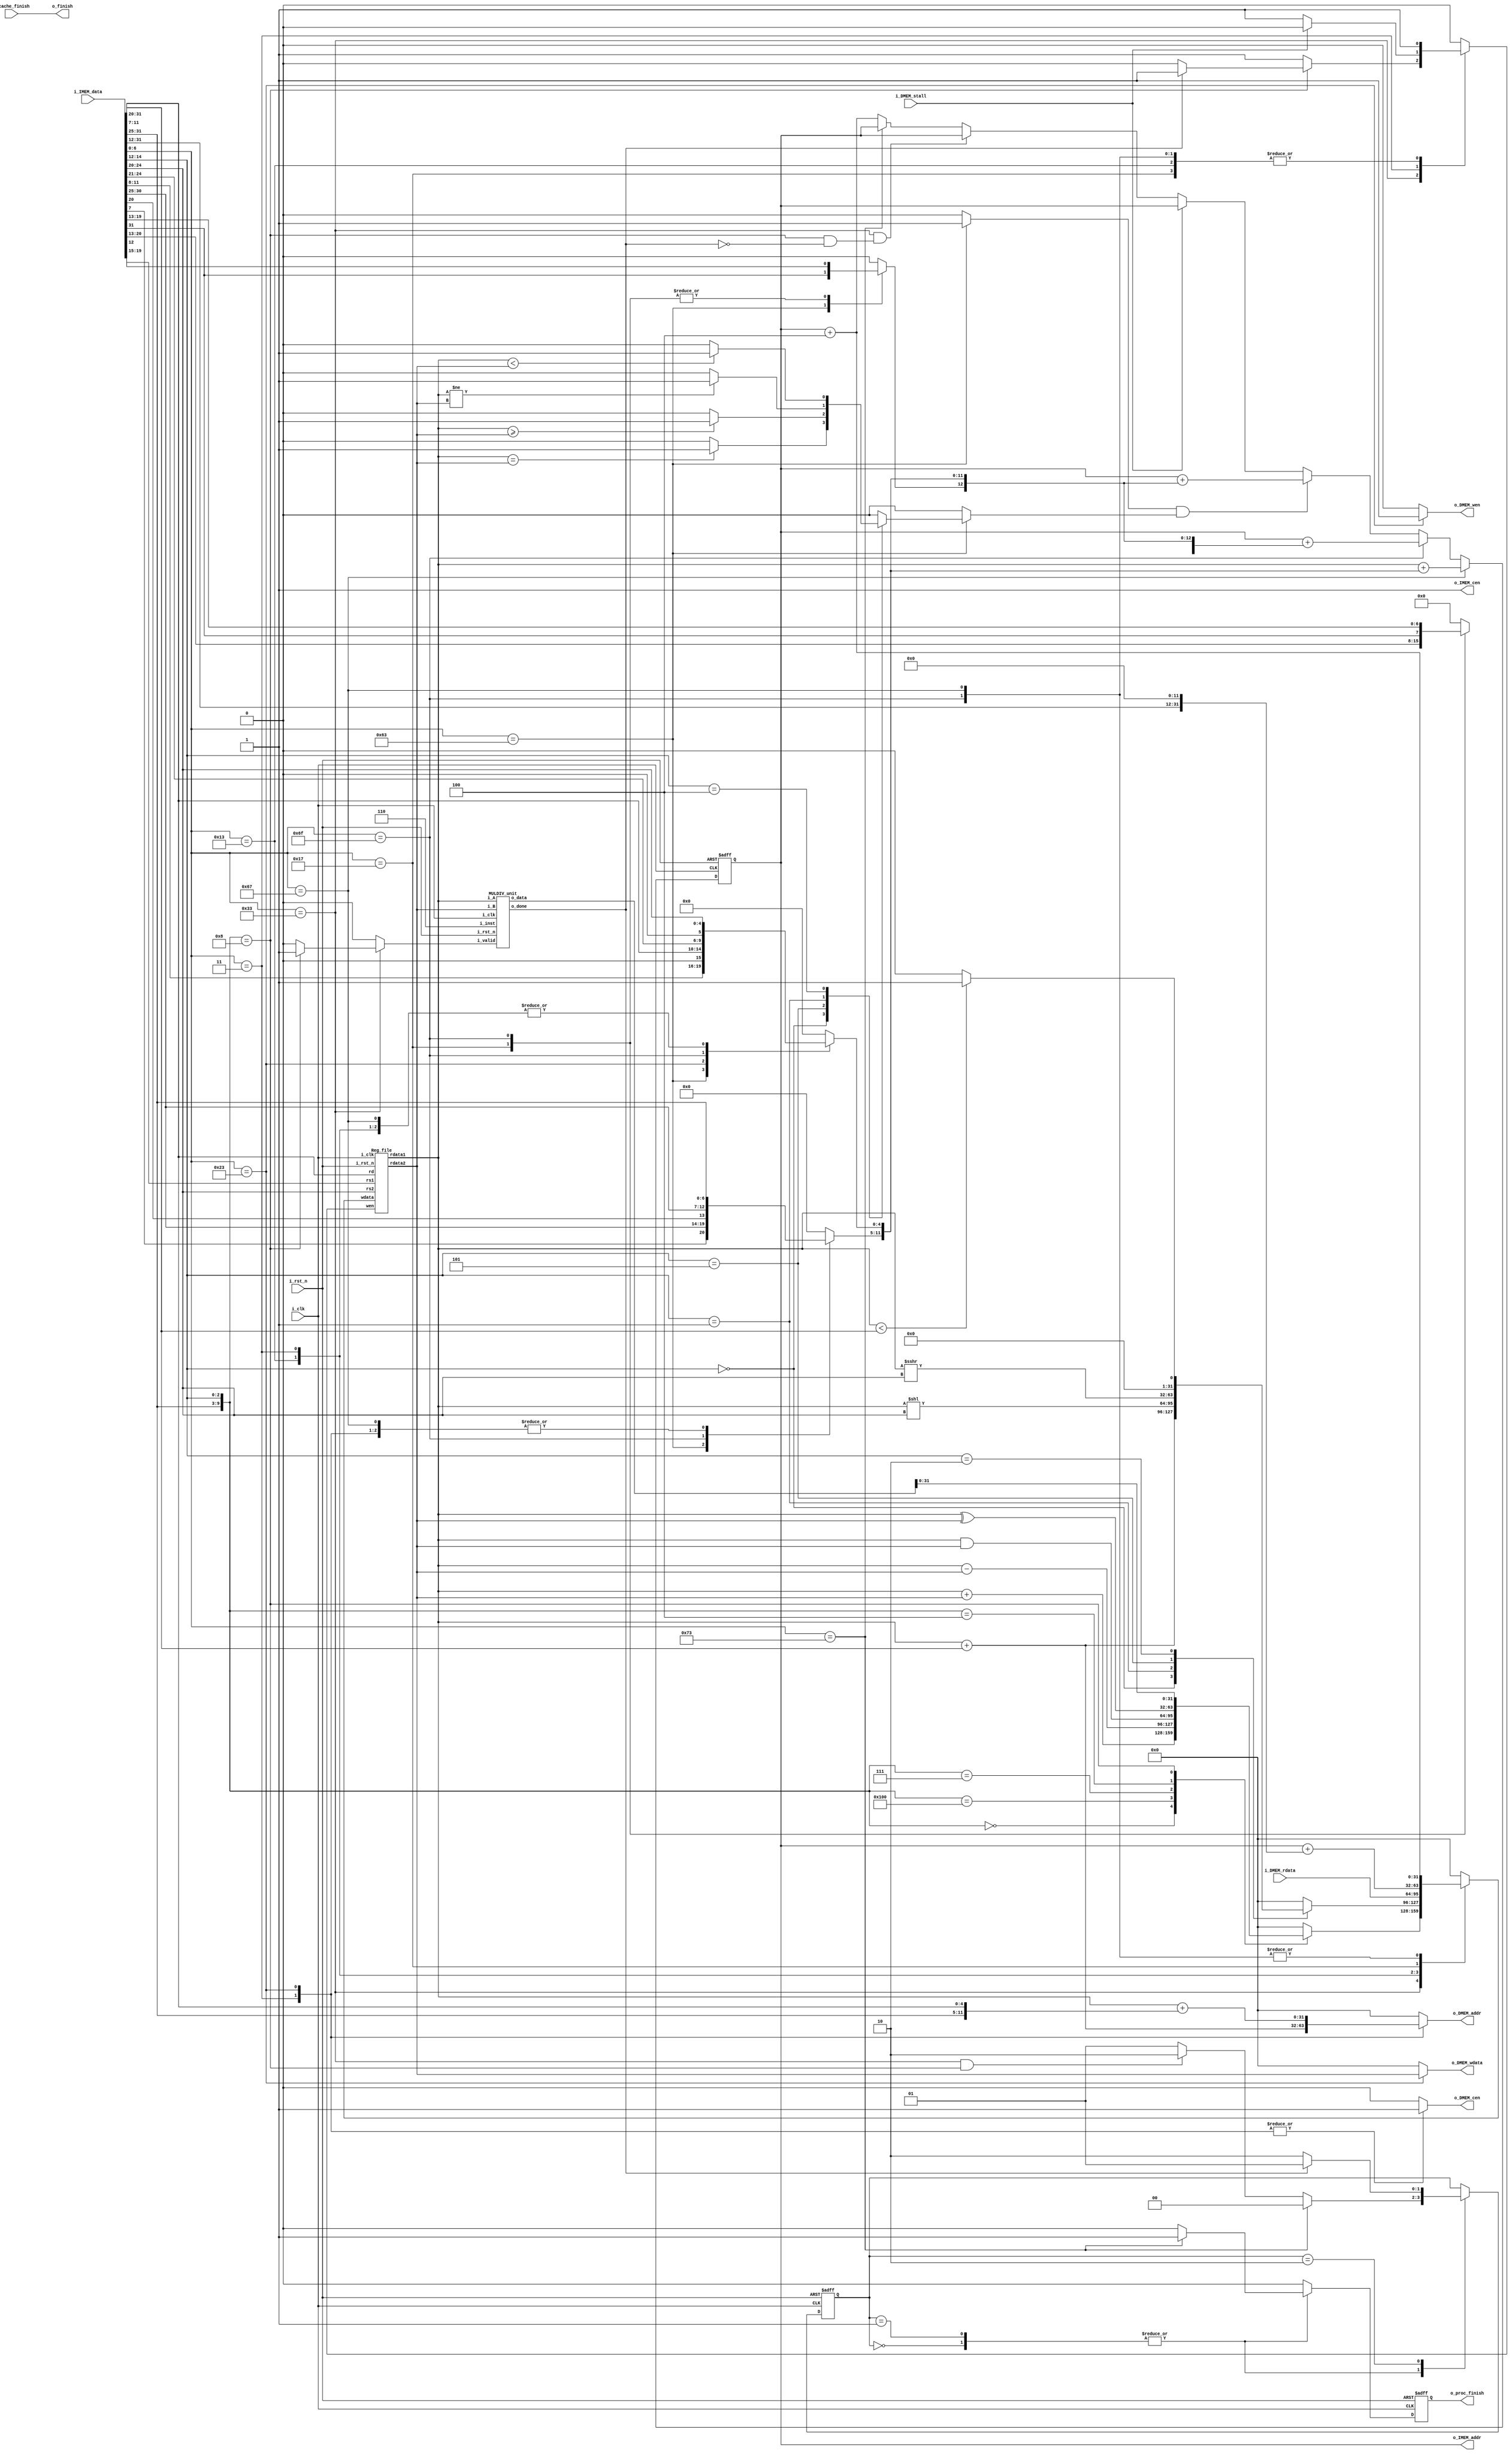
//----------------------------- DO NOT MODIFY THE I/O INTERFACE!! ------------------------------//
module CHIP #(                                                                                  //
    parameter BIT_W = 32                                                                        //
)(                                                                                              //
    // clock                                                                                    //
        input               i_clk,                                                              //
        input               i_rst_n,                                                            //
    // instruction memory                                                                       //
        input  [BIT_W-1:0]  i_IMEM_data,                                                        //
        output [BIT_W-1:0]  o_IMEM_addr,                                                        //
        output              o_IMEM_cen,                                                         //
    // data memory                                                                              //
        input               i_DMEM_stall,                                                       //
        input  [BIT_W-1:0]  i_DMEM_rdata,                                                       //
        output              o_DMEM_cen,                                                         //
        output              o_DMEM_wen,                                                         //
        output [BIT_W-1:0]  o_DMEM_addr,                                                        //
        output [BIT_W-1:0]  o_DMEM_wdata,                                                       //
    // finnish procedure                                                                        //
        output              o_finish,                                                           //
    // cache                                                                                    //
        input               i_cache_finish,                                                     //
        output              o_proc_finish                                                       //
);                                                                                              //
//----------------------------- DO NOT MODIFY THE I/O INTERFACE!! ------------------------------//

// ------------------------------------------------------------------------------------------------------------------------------------------------------
// Parameters
// ------------------------------------------------------------------------------------------------------------------------------------------------------
    // TODO: any declaration
    //====== op code ======
    // R-type
    localparam ADD   = 7'b0110011;
    localparam SUB   = 7'b0110011;
    localparam AND   = 7'b0110011;
    localparam XOR   = 7'b0110011;
    localparam MUL   = 7'b0110011;
    // I-type
    localparam ADDI  = 7'b0010011;
    localparam SLLI  = 7'b0010011;
    localparam SRAI  = 7'b0010011;
    localparam SLTI  = 7'b0010011;
    localparam LW    = 7'b0000011;
    // B-type
    localparam BEQ   = 7'b1100011;
    localparam BGE   = 7'b1100011;
    localparam BLT   = 7'b1100011;
    localparam BNE   = 7'b1100011;
    // S-type
    localparam SW    = 7'b0100011;
    // J-type
    localparam JAL   = 7'b1101111;
    localparam JALR  = 7'b1100111;
    // U-type
    localparam AUIPC = 7'b0010111;
    // ecall
    localparam ECALL = 7'b1110011 ;
    //====== funct3 ======
    localparam ADD_FUNC3  = 3'b000;
    localparam SUB_FUNC3  = 3'b000;
    localparam AND_FUNC3  = 3'b111;
    localparam XOR_FUNC3  = 3'b100;
    localparam ADDI_FUNC3 = 3'b000;
    localparam SLLI_FUNC3 = 3'b001;
    localparam SRAI_FUNC3 = 3'b101;
    localparam SLTI_FUNC3 = 3'b010;
    localparam MUL_FUNC3  = 3'b000;
    localparam BEQ_FUNC3  = 3'b000;
    localparam BGE_FUNC3  = 3'b101;
    localparam BLT_FUNC3  = 3'b100;
    localparam BNE_FUNC3  = 3'b001;
    //====== funct7 ======
    localparam ADD_FUNC7 = 7'b0000000;
    localparam SUB_FUNC7 = 7'b0100000;
    localparam AND_FUNC7 = 7'b0000000;
    localparam XOR_FUNC7 = 7'b0000000;
    localparam MUL_FUNC7 = 7'b0000001;

    // FSM state
    localparam S_IDLE        = 0;
    localparam S_EXEC        = 1;
    localparam S_EXEC_MULDIV = 2;

    // RegWrite Src
    localparam ADD_W    = 0;
    localparam SUB_W    = 1;
    localparam AND_W    = 2;
    localparam XOR_W    = 3;
    localparam MUL_W    = 4;
    localparam ADDI_W   = 5;
    localparam SLLI_W   = 6;
    localparam SRAI_W   = 7;
    localparam SLTI_W   = 8;
    localparam LW_W     = 9;
    localparam AUIPC_W  = 10;
    localparam JAL_W    = 11;
    localparam JALR_W   = 12;


// ------------------------------------------------------------------------------------------------------------------------------------------------------
// Wires and Registers
// ------------------------------------------------------------------------------------------------------------------------------------------------------
    
    // TODO: any declaration
    reg [BIT_W-1:0]     PC, PC_nxt;
    reg                 mem_cen, mem_wen;
    // reg                 mem_hold; 
    reg [BIT_W-1:0]     mem_addr, mem_wdata, mem_rdata;
    wire                mem_stall;
    reg                 regWrite   ;  
    wire  [ 4:0]        rs1, rs2, rd;              
    wire [BIT_W-1:0]    rs1_data    ;              
    wire [BIT_W-1:0]    rs2_data    ;             
    reg  [BIT_W-1:0]    rd_data     ; 
    wire  [6:0 ]        op_code_w;
    wire  [BIT_W-1:0]   inst_w;
    reg  [1:0 ]         state_w, state_r;
    wire  [2:0 ]        funct3_w;
    wire  [6:0 ]        funct7_w;
    reg  [BIT_W-1:0]    imm_w;
    
    reg                 mulDiv_valid;
    wire                mulDiv_done;
    wire  [2:0]         mulDiv_inst;
    wire  [BIT_W-1:0]   mulDiv_in_A, mulDiv_in_B;
    wire [2*BIT_W-1:0]  mulDiv_out;  

    reg                 finish, finish_nxt;  
    reg                 branch_control, condition;  
    wire                jump;      

// ------------------------------------------------------------------------------------------------------------------------------------------------------
// Continuous Assignment
// ------------------------------------------------------------------------------------------------------------------------------------------------------

    // TODO: any wire assignment
    assign o_finish         = i_cache_finish;
    assign o_proc_finish    = finish;
    // assign o_finish = finish;
    assign o_IMEM_cen       = 1;
    assign o_IMEM_addr      = PC;
    assign o_DMEM_addr      = mem_addr;
    assign o_DMEM_wdata     = mem_wdata;
    assign o_DMEM_wen       = mem_wen;
    assign o_DMEM_cen       = mem_cen;

    // ----------------------- Decoding --------------------------
    assign inst_w           = i_IMEM_data;
    assign op_code_w        = inst_w[6:0];
    assign funct3_w         = inst_w[14:12];
    assign funct7_w         = inst_w[31:25];
    assign rs1              = inst_w[19:15];
    assign rs2              = inst_w[24:20];
    assign rd               = inst_w[11:7];
    assign jump             = (branch_control & condition);
    // ----------------------- MulDiv input --------------------------
    assign mulDiv_in_A      = rs1_data;
    assign mulDiv_in_B      = rs2_data;
    assign mulDiv_inst      = 3'd6;
    // ----------------------- Memory install --------------------------
    assign mem_stall        = i_DMEM_stall;
// ------------------------------------------------------------------------------------------------------------------------------------------------------
// Submoddules
// ------------------------------------------------------------------------------------------------------------------------------------------------------

    // TODO: Reg_file wire connection
    Reg_file reg0(               
        .i_clk  (i_clk),             
        .i_rst_n(i_rst_n),         
        .wen    (regWrite),          
        .rs1    (rs1),                
        .rs2    (rs2),                
        .rd     (rd),                 
        .wdata  (rd_data),             
        .rdata1 (rs1_data),           
        .rdata2 (rs2_data)
    );

    MULDIV_unit mulDiv0(
        .i_clk(i_clk), 
        .i_rst_n(i_rst_n), 
        .i_valid(mulDiv_valid), 
        .i_inst(mulDiv_inst), 
        .i_A(mulDiv_in_A), 
        .i_B(mulDiv_in_B), 
        .o_data(mulDiv_out), 
        .o_done(mulDiv_done)
    );

// ------------------------------------------------------------------------------------------------------------------------------------------------------
// Always Blocksrd_data 
// ------------------------------------------------------------------------------------------------------------------------------------------------------
    // Todo: any combinational/sequential circuit
    // Decode Instruction
    always @(*) begin
        rd_data = 0;
        imm_w = 0;
        mem_addr = 0;
        mem_wdata = 0;
        mem_wen = 0;
        mem_cen = 0;
        regWrite= 0;
        mulDiv_valid = 0;
        condition = 0;
        branch_control = 0;
        case (op_code_w)
            7'b0110011: begin
                regWrite= 1'b1;
                case ({funct7_w, funct3_w})
                    {ADD_FUNC7, ADD_FUNC3}: begin
                        rd_data = $signed(rs1_data) + $signed(rs2_data);
                    end
                    {SUB_FUNC7, SUB_FUNC3}: begin
                        rd_data = $signed(rs1_data) - $signed(rs2_data);
                    end
                    {AND_FUNC7, AND_FUNC3}:begin
                        rd_data = rs1_data & rs2_data;
                    end
                    {XOR_FUNC7, XOR_FUNC3}: begin
                        rd_data = rs1_data ^ rs2_data;
                    end
                    {MUL_FUNC7, MUL_FUNC3}: begin
                        regWrite= (mulDiv_done)?1'b1:1'b0;
                        mulDiv_valid = 1'b1;
                        rd_data = mulDiv_out[31:0];
                    end
                endcase
            end
            7'b0010011: begin
                regWrite= 1'b1;
                imm_w[11:0] = inst_w[31:20];
                case (funct3_w)
                    ADDI_FUNC3: begin
                        rd_data = $signed(rs1_data) + $signed(imm_w[11:0]);
                    end
                    SLLI_FUNC3: begin
                        rd_data = $signed(rs1_data) << $signed(imm_w[4:0]);
                    end
                    SRAI_FUNC3: begin
                        rd_data = $signed(rs1_data) >>> $signed(imm_w[4:0]);
                    end
                    SLTI_FUNC3: begin
                        rd_data = ($signed(rs1_data) < $signed(imm_w[11:0]))?32'd1:32'd0;                                 
                    end
                endcase
            end
            7'b1100011: begin
                branch_control = 1'b1;
                imm_w[12:0] = {inst_w[31], inst_w[7], inst_w[30:25], inst_w[11:8], 1'b0};
                case (funct3_w)
                    BEQ_FUNC3: begin  
                        condition = (rs1_data == rs2_data)?1'b1:1'b0;             
                    end
                    BGE_FUNC3: begin
                        condition = ($signed(rs1_data) >= $signed (rs2_data))?1'b1:1'b0;
                    end
                    BNE_FUNC3: begin
                        condition = (rs1_data != rs2_data)?1'b1:1'b0;      
                    end
                    BLT_FUNC3: begin
                        condition = ($signed(rs1_data) < $signed (rs2_data))?1'b1:1'b0;
                    end
                endcase
            end
            LW: begin
                mem_cen = 1'b1;
                imm_w[11:0] = inst_w[31:20];
                mem_addr = $signed({1'b0, rs1_data}) + $signed(imm_w[11:0]);
                rd_data = i_DMEM_rdata;
                regWrite= (mem_stall)?1'b0:1'b1;
            end
            SW: begin
                mem_cen = 1'b1;
                mem_wen = 1'b1;
                imm_w[4:0] = inst_w[11:7];
                imm_w[11:5] = inst_w[31:25];
                mem_addr = $signed({1'b0, rs1_data}) + $signed(imm_w[11:0]);
                mem_wdata = rs2_data;
            end
            AUIPC: begin
                regWrite= 1'b1;
                imm_w[31:12] = inst_w[31:12];
                rd_data = PC + imm_w;

            end
            JAL: begin
                imm_w[20:0] = {inst_w[31], inst_w[19:12], inst_w[20], inst_w[30:21], 1'b0};
                regWrite= 1'b1;
                rd_data = PC + 3'd4;
            end
            JALR: begin
                imm_w[11:0] = inst_w[31:20];
                regWrite= 1'b1;
                rd_data = PC + 3'd4;
            end
            ECALL: begin
                // $display("System Call for Finish!!!");
            end
        endcase
    end
    // end

    // -------------------------- Handle PC -----------------------------
    always@(*) begin
        PC_nxt = PC + 3'd4;
        if(op_code_w == JALR) begin
            PC_nxt = $signed({1'b0, rs1_data}) + $signed(imm_w[11:0]);
        end
        else if (op_code_w == JAL) begin
            PC_nxt = $signed({1'b0, PC}) + $signed(imm_w[20:0]);
        end
        else if(jump) begin
            PC_nxt = $signed({1'b0, PC}) + $signed(imm_w[12:0]);
        end
        else if (mem_stall) begin
            PC_nxt = PC;
        end
        else if (op_code_w == 7'b0110011 && 
        ({funct7_w, funct3_w} == {MUL_FUNC7, MUL_FUNC3} && !mulDiv_done)) begin
            PC_nxt = PC;
        end
        else if (op_code_w == ECALL) begin
            PC_nxt = PC;
        end
        else begin
            PC_nxt = PC + 3'd4;
        end
    end

    // FSM
    always @(*) begin
        state_w = state_r;
        finish_nxt = 1'b0;
        case (state_r)
            S_IDLE: begin
                // no instruction
                if (op_code_w == ECALL) begin
                    state_w = S_IDLE;
                    finish_nxt = 1'b1;
                end
                else if (op_code_w == 7'b0110011 && 
                ({funct7_w, funct3_w} == {MUL_FUNC7, MUL_FUNC3}))begin
                    state_w = S_EXEC_MULDIV;
                end
                else begin
                    state_w = S_EXEC;
                end
            end
            S_EXEC: begin
                if (op_code_w == ECALL) begin
                    state_w = S_IDLE;
                    finish_nxt = 1'b1;
                end
                else if (op_code_w == 7'b0110011 && 
                ({funct7_w, funct3_w} == {MUL_FUNC7, MUL_FUNC3}))begin
                    state_w = S_EXEC_MULDIV;
                end
                else begin
                    state_w = S_EXEC;
                end
            end
            S_EXEC_MULDIV: begin
                state_w = (mulDiv_done) ? S_EXEC : S_EXEC_MULDIV;
            end 
        endcase
    end

    always @(posedge i_clk or negedge i_rst_n) begin
        if (!i_rst_n) begin
            PC          <= 32'h00010000; // Do not modify this value!!!
            state_r     <= S_IDLE;
            finish      <= 0;
            // mem_hold        <= 0;
        end
        else begin
            PC          <= PC_nxt;
            state_r     <= state_w;
            finish      <= finish_nxt;
            // mem_hold        <= (mem_stall)?1'b1:1'b0;
        end
    end
endmodule

module Reg_file(i_clk, i_rst_n, wen, rs1, rs2, rd, wdata, rdata1, rdata2);
   
    parameter BITS = 32;
    parameter word_depth = 32;
    parameter addr_width = 5; // 2^addr_width = word_depth
    
    input i_clk, i_rst_n, wen; // wen: 0:read | 1:write
    input [BITS-1:0] wdata;
    input [addr_width-1:0] rs1, rs2, rd;

    output [BITS-1:0] rdata1, rdata2;

    reg [BITS-1:0] mem [0:word_depth-1];
    reg [BITS-1:0] mem_nxt [0:word_depth-1];

    integer i;

    assign rdata1 = mem[rs1];
    assign rdata2 = mem[rs2];

    always @(*) begin
        for (i=0; i<word_depth; i=i+1)
            mem_nxt[i] = (wen && (rd == i)) ? wdata : mem[i];
    end

    always @(posedge i_clk or negedge i_rst_n) begin
        if (!i_rst_n) begin
            mem[0] <= 0; // x0 = 0
            for (i=1; i<word_depth; i=i+1) begin
                case(i)
                    32'd2: mem[i] <= 32'hbffffff0;
                    32'd3: mem[i] <= 32'h10008000;
                    default: mem[i] <= 32'h0;
                endcase
            end
        end
        else begin
            mem[0] <= 0; // x0 = 0
            for (i=1; i<word_depth; i=i+1)
                mem[i] <= mem_nxt[i];
        end       
    end
endmodule

module MULDIV_unit(i_clk, i_rst_n, i_valid, i_inst, i_A, i_B, o_data, o_done);
    input                       i_clk;   // clock
    input                       i_rst_n; // reset

    input                       i_valid; // input valid signal
    input [31 : 0]      i_A;     // input operand A
    input [31 : 0]      i_B;     // input operand B
    input [         2 : 0]      i_inst;  // instruction

    output [63 : 0]   o_data;  // output value
    output                      o_done;   // output valid signal

    // Definition of states
    localparam S_IDLE = 4'd0;
    localparam S_ADD  = 4'd1;
    localparam S_SUB  = 4'd2;
    localparam S_AND  = 4'd3;
    localparam S_OR   = 4'd4;
    localparam S_SLT  = 4'd5;
    localparam S_SRA  = 4'd6;
    localparam S_MUL  = 4'd7;
    localparam S_DIV  = 4'd8;
    localparam S_OUT  = 4'd9;

    // Wires & Regs
    // Todo
    reg  [4:0] counter, counter_nxt;
    reg  [63:0] sh_reg, sh_reg_nxt;
    reg  [32:0] alu_out;  // it's not a real register, it's wire!
    reg         dividend_flag;  // it's not a real register, it's wire!
    reg         done, done_nxt;
    // state
    reg  [3: 0] state, state_nxt; // remember to expand the bit width if you want to add more states!

    // load input
    reg  [  31: 0] operand_a, operand_a_nxt;
    reg  [  31: 0] operand_b, operand_b_nxt;
    reg  [         2: 0] inst, inst_nxt;

    // Wire Assignments
    // Todo
    assign o_data = sh_reg;
    assign o_done = done;
    
    // Always Combination
    // load input
    always @(*) begin
        if (i_valid) begin
            operand_a_nxt = i_A;
            operand_b_nxt = i_B;
            inst_nxt      = i_inst;
        end
        else begin
            operand_a_nxt = operand_a;
            operand_b_nxt = operand_b;
            inst_nxt      = inst;
        end
    end
    // Todo: FSM
    always @(*) begin
        case(state)
            S_IDLE: begin
                if(i_valid) begin
                    case(inst_nxt)
                        3'd0: state_nxt = S_ADD;
                        3'd1: state_nxt = S_SUB;
                        3'd2: state_nxt = S_AND;
                        3'd3: state_nxt = S_OR;
                        3'd4: state_nxt = S_SLT;
                        3'd5: state_nxt = S_SRA;
                        3'd6: state_nxt = S_MUL;
                        3'd7: state_nxt = S_DIV;
                        // default: state_nxt = S_IDLE;
                    endcase
                end
                else state_nxt = S_IDLE;
            end
            S_ADD: state_nxt = S_OUT;
            S_SUB: state_nxt = S_OUT;
            S_AND: state_nxt = S_OUT;
            S_OR: state_nxt = S_OUT;
            S_SLT: state_nxt = S_OUT;
            S_SRA: state_nxt = S_OUT;
            S_MUL: state_nxt = (counter == 5'd31)?S_OUT:S_MUL;
            S_DIV: state_nxt = (counter == 5'd31)?S_OUT:S_DIV;
            S_OUT: state_nxt = S_IDLE;
            default : state_nxt = state;
        endcase
    end
    // Todo: Counter
    always @(*) begin
        if(state == S_MUL || state == S_DIV) begin
            counter_nxt = counter + 1;
        end
        else counter_nxt = 0;
    end

    // Todo: ALU output
    always @(*) begin
        alu_out = 0;
        dividend_flag = 0;
        case(state)
            S_ADD: begin
                alu_out = {operand_a_nxt[31], operand_a_nxt} + {operand_b_nxt[31], operand_b_nxt};
                alu_out = (~alu_out[32] & alu_out[31])? // + overflow
                {2'b00, {31{1'b1}}}:(alu_out[32] & ~alu_out[31])? // - underflow
                {2'b11, {31{1'b0}}}:alu_out[31:0]; // no overflow
            end
            S_SUB: begin
                alu_out = {operand_a_nxt[31], operand_a_nxt} + {~operand_b_nxt[31], ((~operand_b_nxt) + 1'd1)};
                alu_out = (~alu_out[32] & alu_out[31])? // + overflow
                {2'b00, {31{1'b1}}}:(alu_out[32] & ~alu_out[31])? // - overflow
                {2'b11, {31{1'b0}}}:alu_out[31:0]; // no overflow
            end
            S_AND: begin
                alu_out = operand_a_nxt & operand_b_nxt;
            end
            S_OR: begin
                alu_out = operand_a_nxt | operand_b_nxt;
            end
            S_SLT: begin
                alu_out = (operand_a_nxt[31] & ~operand_b_nxt[31])?1'd1: // a(-) < b(+)
                (~operand_a_nxt[31] & operand_b_nxt[31])?1'd0: // a(+) > b(-)
                operand_a_nxt < operand_b_nxt; // a, b have same sign
            end
            S_SRA: begin
                if (operand_b_nxt > 5'd31) begin
                    alu_out = {32{operand_a_nxt[31]}}; // right shift all bits
                end else begin
                    alu_out = ({32{operand_a_nxt[31]}} << (32 - operand_b_nxt))
                    + (operand_a_nxt >> operand_b_nxt);     
                end
            end
            S_MUL: begin
                if(sh_reg[0] == 1) begin
                    alu_out = sh_reg[63:32] + operand_b_nxt;
                end
                else begin
                    alu_out = sh_reg[63:32];
                end
            end
            S_DIV: begin
                // if remainder goes < 0, add divisor back
                dividend_flag = (sh_reg[63:32] >= operand_b_nxt);
                if(dividend_flag) begin
                    alu_out = sh_reg[63:32] - operand_b_nxt;
                end 
                else begin
                    alu_out = sh_reg[63:32];
                end
            end
        endcase
    end
    
    // Todo : Shift register
    always @(*) begin
        case(state)
            S_IDLE: begin
                if(!i_valid) sh_reg_nxt = 0; 
                else begin
                    if(inst_nxt == 3'd7)begin
                        sh_reg_nxt = {{31{1'b0}}, i_A, {1'b0}}; 
                    end
                    else begin
                        sh_reg_nxt = {{32{1'b0}}, i_A};
                    end
                end
            end
            S_ADD: begin
                sh_reg_nxt = {32'b0, alu_out[31:0]};
            end
            S_SUB: begin
                sh_reg_nxt = {32'b0, alu_out[31:0]};
            end
            S_AND: begin
                sh_reg_nxt = {32'b0, alu_out[31:0]};
            end
            S_OR: begin
                sh_reg_nxt = {32'b0, alu_out[31:0]};
            end
            S_SLT: begin
                sh_reg_nxt = {32'b0, alu_out[31:0]};
            end
            S_SRA: begin
                sh_reg_nxt = {32'b0, alu_out[31:0]};
            end
            S_MUL: begin
                sh_reg_nxt = {alu_out, sh_reg[31:1]};
            end
            S_DIV: begin
                if(counter == 5'd31)begin
                    if(dividend_flag)begin
                        sh_reg_nxt = {alu_out[31:0], sh_reg[30:0], {1'b1}};
                    end
                    else begin
                        sh_reg_nxt = {alu_out[31:0], sh_reg[30:0], {1'b0}};
                    end
                end
                else begin
                    if(dividend_flag)begin
                        sh_reg_nxt = {alu_out[30:0], sh_reg[31:0], {1'b1}};
                    end
                    else begin
                        sh_reg_nxt = {alu_out[30:0], sh_reg[31:0], {1'b0}};
                    end
                end
            end
            S_OUT: begin
                sh_reg_nxt = sh_reg;
            end
            default: begin
                sh_reg_nxt = sh_reg;
            end
        endcase
    end
    // Todo: output valid signal
    always @(*) begin
        case(state)
            S_IDLE: done_nxt = 0;
            S_ADD: done_nxt = 1;
            S_SUB: done_nxt = 1;
            S_AND: done_nxt = 1;
            S_OR: done_nxt = 1;
            S_SLT: done_nxt = 1;
            S_SRA: done_nxt = 1;
            S_MUL: done_nxt = (counter == 5'd31)?1:0;
            S_DIV: done_nxt = (counter == 5'd31)?1:0;
            S_OUT : done_nxt = 0;
            default : done_nxt = 0;
        endcase
    end

    // Todo: Sequential always block
    always @(posedge i_clk or negedge i_rst_n) begin
        if (!i_rst_n) begin
            state       <= S_IDLE;
            operand_a   <= 0;
            operand_b   <= 0;
            inst        <= 0;
            counter     <= 0;
            done        <= 0;
            sh_reg      <= 0;
        end
        else begin
            state       <= state_nxt;
            operand_a   <= operand_a_nxt;
            operand_b   <= operand_b_nxt;
            inst        <= inst_nxt;
            counter     <= counter_nxt;
            done        <= done_nxt;
            sh_reg      <= sh_reg_nxt;
        end
    end

endmodule

module Cache#(
        parameter BIT_W = 32,
        parameter ADDR_W = 32,
        parameter INDEX_W = 3,
        parameter OFFSET_W = 4,
        parameter TAG_W = 25,
        parameter SET_W = 1 << INDEX_W, // how many sets?
        parameter BLOCK_W = 2 // how many block in each set?
    )(
        input i_clk,
        input i_rst_n,
        // processor interface
        input i_proc_cen,
        input i_proc_wen,
        input [ADDR_W-1:0] i_proc_addr,
        input [BIT_W-1:0]  i_proc_wdata,
        output [BIT_W-1:0] o_proc_rdata,
        output o_proc_stall,
        input i_proc_finish,
        output o_cache_finish,
        // memory interface
        output o_mem_cen,
        output o_mem_wen,
        output [ADDR_W-1:0] o_mem_addr,
        output [BIT_W*4-1:0]  o_mem_wdata,
        input [BIT_W*4-1:0] i_mem_rdata,
        input i_mem_stall,
        output o_cache_available,
        // memory data offset
        input  [ADDR_W-1: 0] i_offset
    );
    reg                         done, done_nxt;
    assign                      o_cache_available   = 1; // change this value to 1 if the cache is implemented
    assign                      o_cache_finish      = done;

    //------------------------------------------//
    // //          default connection              //
    // assign o_mem_cen = i_proc_cen;              //
    // assign o_mem_wen = i_proc_wen;              //
    // assign o_mem_addr = i_proc_addr;            //
    // assign o_mem_wdata = i_proc_wdata;          //
    // assign o_proc_rdata = i_mem_rdata[0+:BIT_W];//
    // assign o_proc_stall = i_mem_stall;          //
    //------------------------------------------//
    //------------------------------------------//
    //          Wires and Registers

    // To SRAM interface.
    wire [INDEX_W-1 : 0]        cache_sram_index;
    wire                        cache_sram_cen;
    wire [TAG_W+1 : 0]          cache_sram_tag;
    wire [BIT_W*4-1 : 0]        cache_sram_data;
    wire                        cache_sram_wen;
    wire [TAG_W+1 : 0]          sram_cache_tag;
    wire [BIT_W*4-1 : 0]        sram_cache_data;
    // Cache.
    wire                        sram_valid;
    wire                        sram_dirty;

    wire [OFFSET_W-1 : 0]       proc_offset;
    wire [INDEX_W-1 : 0]        proc_index;
    wire [TAG_W-1 : 0]          proc_tag;
    wire [BIT_W*4-1 : 0]        r_hit_data;
    wire [TAG_W-1 : 0]          sram_tag;
    wire                        hit_b0;
    wire                        hit_b1;
    wire                        hit;
    reg  [BIT_W*4-1 : 0]        w_hit_data;
    wire                        write_hit;
    wire                        valid;
    reg  [BIT_W-1 : 0]          proc_rdata;
    wire [BIT_W*4-1 : 0]        mem_rdata;
    wire                        mem_stall;
    wire [OFFSET_W-1 : 0]       data_byte_offset;

    // Definition of states
    localparam S_IDLE      = 3'd0;
    localparam S_MISS      = 3'd1;
    localparam S_WB        = 3'd2;
    localparam S_ALLOC     = 3'd3;
    localparam S_WAIT      = 3'd4;
    localparam S_UPDATE    = 3'd5;

    // Cache Controller
    reg  [2 : 0]   state, state_nxt;
    reg            mem_cen;
    reg            mem_wen;
    reg            mem_hold;
    reg            cache_wen;
    wire           cache_dirty;
    reg            write_back;

    // Flush Cache
    reg  [ADDR_W-1 : 0]         flush_address;
    reg  [TAG_W+1 : 0]          flush_tag;
    reg  [BIT_W*4-1 : 0]        flush_data;
    wire                        flush;
    reg  [INDEX_W-1  : 0]       set_counter, set_counter_nxt;
    reg  [BLOCK_W-1  : 0]       block_counter, block_counter_nxt;

    // SRAM Memory.
    reg  [BIT_W*4-1 : 0]        data [0 : SET_W-1][0 : BLOCK_W-1]; // 1KB
    reg  [TAG_W+1 : 0]          tag [0 : SET_W-1][0 : BLOCK_W-1];
    reg  [BLOCK_W-1 : 0]        last [0 : SET_W-1];

    // Flush
    assign flush = (i_proc_finish & o_cache_available)?((done)?1'b0:1'b1):1'b0;

    // Processor interface.
    assign 	valid           = i_proc_cen | i_proc_wen;
    assign	proc_offset     = i_proc_addr[3:0];
    assign	proc_index      = (data_byte_offset > proc_offset)?(i_proc_addr[6:4])-1:i_proc_addr[6:4];
    assign	proc_tag        = i_proc_addr[31:7];
    assign	o_proc_stall    = ~hit & valid;
    assign	o_proc_rdata    = proc_rdata; 

    // SRAM interface.
    assign	sram_valid          = sram_cache_tag[TAG_W+1];
    assign	sram_dirty          = sram_cache_tag[TAG_W];
    assign	sram_tag            = sram_cache_tag[TAG_W-1:0];
    assign	cache_sram_index    = proc_index;
    assign	cache_sram_cen      = valid;
    assign	cache_sram_wen      = cache_wen | write_hit;
    assign	cache_sram_tag      = {1'b1, cache_dirty, proc_tag};	
    assign	cache_sram_data     = (hit) ? w_hit_data : mem_rdata;

    assign sram_cache_data      = (cache_sram_cen)?((hit_b0)?data[cache_sram_index][0]:
    ((hit_b1)?data[cache_sram_index][1]:data[cache_sram_index][last[cache_sram_index]])):128'b0;
    assign sram_cache_tag       = (cache_sram_cen)?((hit_b0)?tag[cache_sram_index][0]:
    ((hit_b1)?tag[cache_sram_index][1]:tag[cache_sram_index][last[cache_sram_index]])):27'b0;

    // Memory interface.
    assign	o_mem_cen       = mem_cen;
    assign	o_mem_addr      = (write_back)?{sram_tag, proc_index, data_byte_offset}:((flush)?flush_address:{proc_tag, proc_index, data_byte_offset});
    assign	o_mem_wdata     = (flush)?flush_data:sram_cache_data;
    assign	o_mem_wen       = mem_wen;
    assign	write_hit       = hit & i_proc_wen;
    assign	cache_dirty     = write_hit;
    assign  mem_stall       = i_mem_stall;
    assign  mem_rdata       = i_mem_rdata;
    assign  data_byte_offset     = i_offset[3:0];

    // Tag comparator.
    assign hit_b0           = (proc_tag == tag[cache_sram_index][0][TAG_W-1:0] && tag[cache_sram_index][0][TAG_W+1])? 1'b1 : 1'b0;
    assign hit_b1           = (proc_tag == tag[cache_sram_index][1][TAG_W-1:0] && tag[cache_sram_index][1][TAG_W+1])? 1'b1 : 1'b0;
    assign hit              = hit_b0 | hit_b1;
    assign r_hit_data       = sram_cache_data;

    integer                 i, j;

    always @(*) begin
        if (o_cache_available) begin
            done_nxt = (set_counter == SET_W-1 && block_counter == BLOCK_W-1 && mem_stall == 0)?1'b1:1'b0;
        end
        else begin
            done_nxt = 1'b1;
        end
    end

    always @(*) begin
        if (flush) begin
            set_counter_nxt = (mem_stall || block_counter == 0)?set_counter:set_counter+1;
            if (mem_stall) begin
                block_counter_nxt = block_counter;
            end
            else begin
                block_counter_nxt = (block_counter == 1)?1'b0:block_counter+1;
            end
        end
        else begin
            set_counter_nxt = 1'b0;
            block_counter_nxt = 1'b0;
        end
    end

    //------------------------------------------//
    // Read data : 128-bit to 32-bit.
    always @(*) begin
        if (hit) begin
            // $display("read from cache!!!");
            if (data_byte_offset > proc_offset) begin
                proc_rdata = r_hit_data[(proc_offset + (1 << OFFSET_W) - data_byte_offset)*8+:BIT_W];
            end
            else begin
                proc_rdata = r_hit_data[(proc_offset - data_byte_offset)*8+:BIT_W];
            end
        end
        else begin
            // $display("prepare to load from memory!!!");
            proc_rdata = {{BIT_W}{1'b0}};
        end
    end

    // Write data : 32-bit to 128-bit.
    always @(*) begin
        w_hit_data = sram_cache_data;
        if (write_hit) begin
            // $display("write to cache!!!");
            if (data_byte_offset > proc_offset) begin
                w_hit_data[(proc_offset + (1 << OFFSET_W) - data_byte_offset)*8+:BIT_W] = i_proc_wdata;
            end
            else begin
                w_hit_data[(proc_offset - data_byte_offset)*8+:BIT_W] = i_proc_wdata;
            end
        end
    end

    // FSM
    always @(*) begin
        // FLUSH
        flush_tag = tag[set_counter][block_counter];
        flush_address = {flush_tag[TAG_W-1 : 0], set_counter, data_byte_offset};
        flush_data = data[set_counter][block_counter];
        // FSM
        mem_cen = 0;
        mem_wen = 0;
        cache_wen = 0;
        write_back = 0;

        if (flush) begin
            if (flush_tag[TAG_W]) begin
                mem_cen = (mem_hold)?1'b0:1'b1;
                mem_wen = (mem_hold)?1'b0:1'b1;
                end
            state_nxt = S_IDLE;
        end
        else begin
            case (state)
                S_IDLE: begin
                    if (valid) begin
                        if (hit) begin
                            // $display("hit!!!");
                            state_nxt = S_IDLE;
                        end
                        else begin
                            // $display("miss!!!");
                            state_nxt = S_MISS;
                        end
                    end
                    else state_nxt = S_IDLE;
                end
                S_MISS : begin
                    mem_cen = 1'b1;
                    if (sram_dirty) begin
                        // $display("dirty!!!");
                        mem_wen = 1'b1;
                        write_back = 1'b1;
                        state_nxt = S_WB;
                        // $display("wb_addr: %h", o_mem_addr);
                    end
                    else begin
                        // $display("clean!!!");
                        mem_wen = 1'b0;
                        write_back = 1'b0;
                        state_nxt = S_ALLOC;
                    end
                end
                S_WB: begin
                    mem_cen = (mem_hold)?1'b0:1'b1;
                    if (mem_stall) begin
                        mem_wen = (mem_hold)?1'b0:1'b1;
                        write_back = 1'b1;
                        // $display("write back.....");
                        state_nxt = S_WB;
                    end
                    else begin
                        // $display("finish write back!!!");
                        mem_wen = 1'b0;
                        write_back = 1'b0;
                        state_nxt = S_WAIT;
                        // state_nxt = S_ALLOC;
                    end
                end
                S_WAIT: begin
                    mem_cen = (mem_hold)?1'b0:1'b1;
                    state_nxt = S_ALLOC;
                end
                S_ALLOC: begin
                    mem_cen = (mem_hold)?1'b0:1'b1;
                    if (mem_stall) begin
                        mem_cen = (mem_hold)?1'b0:1'b1;
                        // $display("loading.....");
                        state_nxt = S_ALLOC;
                    end
                    else begin
                        // $display("prepare to write into cache!!!");
                        // $display("mem_rdata: %h", i_mem_rdata);
                        mem_cen = 1'b0;
                        cache_wen = 1'b1;
                        state_nxt = S_UPDATE;
                    end
                end
                S_UPDATE: begin
                    // $display("finish update!!!");
                    state_nxt = S_IDLE;
                end
                default: state_nxt  = S_IDLE;
            endcase
        end
    end

    always @(posedge i_clk or negedge i_rst_n) 
    begin
        if (!i_rst_n) begin
            state               <= S_IDLE;
            mem_hold            <= 0;
            done                <= 0;
            set_counter         <= 0;
            block_counter       <= 0;
        end
        else begin  
            state               <= state_nxt;
            mem_hold            <= (mem_stall)?1'b1:1'b0;
            done                <= done_nxt;
            set_counter         <= set_counter_nxt;
            block_counter       <= block_counter_nxt;
        end
    end

    // Read & Write Cache
    always @(posedge i_clk or negedge i_rst_n) begin
        if (!i_rst_n) begin
            for (i=0; i<SET_W; i=i+1) begin
                last[i] <= 1'b0;
                for (j=0; j<BLOCK_W; j=j+1) begin
                    data[i][j] <= 128'b0;
                    tag[i][j]  <=  27'b0;
                end
            end
        end
        else begin
            if (cache_sram_cen) begin
                // $display("addr: %d", cache_sram_index);
                last[cache_sram_index] <= (hit_b0)?1'b1:((hit_b1)?1'b0:last[cache_sram_index]);
                if (cache_sram_cen && cache_sram_wen)
                begin
                    // $display("wdata: %h", cache_sram_data);
                    if (hit) begin
                        if (hit_b0) begin
                            data[cache_sram_index][0]   <= cache_sram_data;
                            tag[cache_sram_index][0]    <= cache_sram_tag;
                            // last[cache_sram_index]   <= 1'b1;
                        end
                        else begin
                            data[cache_sram_index][1]   <= cache_sram_data;
                            tag[cache_sram_index][1]    <= cache_sram_tag;
                            // last[cache_sram_index]   <= 1'b0;
                        end
                    end
                    else begin
                        data[cache_sram_index][last[cache_sram_index]]  <= cache_sram_data;
                        tag[cache_sram_index][last[cache_sram_index]]   <= cache_sram_tag;
                        last[cache_sram_index]                          <= (last[cache_sram_index] == 0)?1'b1:1'b0;
                    end
                end
            end
        end   
    end
endmodule